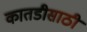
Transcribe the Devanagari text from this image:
कातडीसाठी